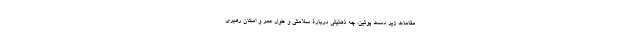
مقامات زیر دست پوتین، چه ذهنیتی دربارۀ سلامتی و طول عمر و امکان رهبری